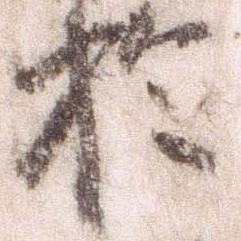
於